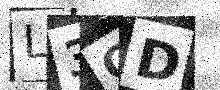
Text: L3CD